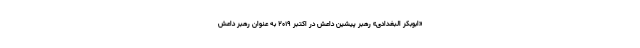
«ابوبکر البغدادی» رهبر پیشین داعش در اکتبر ۲۰۱۹ به عنوان رهبر داعش